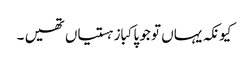
کیونکہ یہاں تو جو پاکباز ہستیاں تھیں ۔